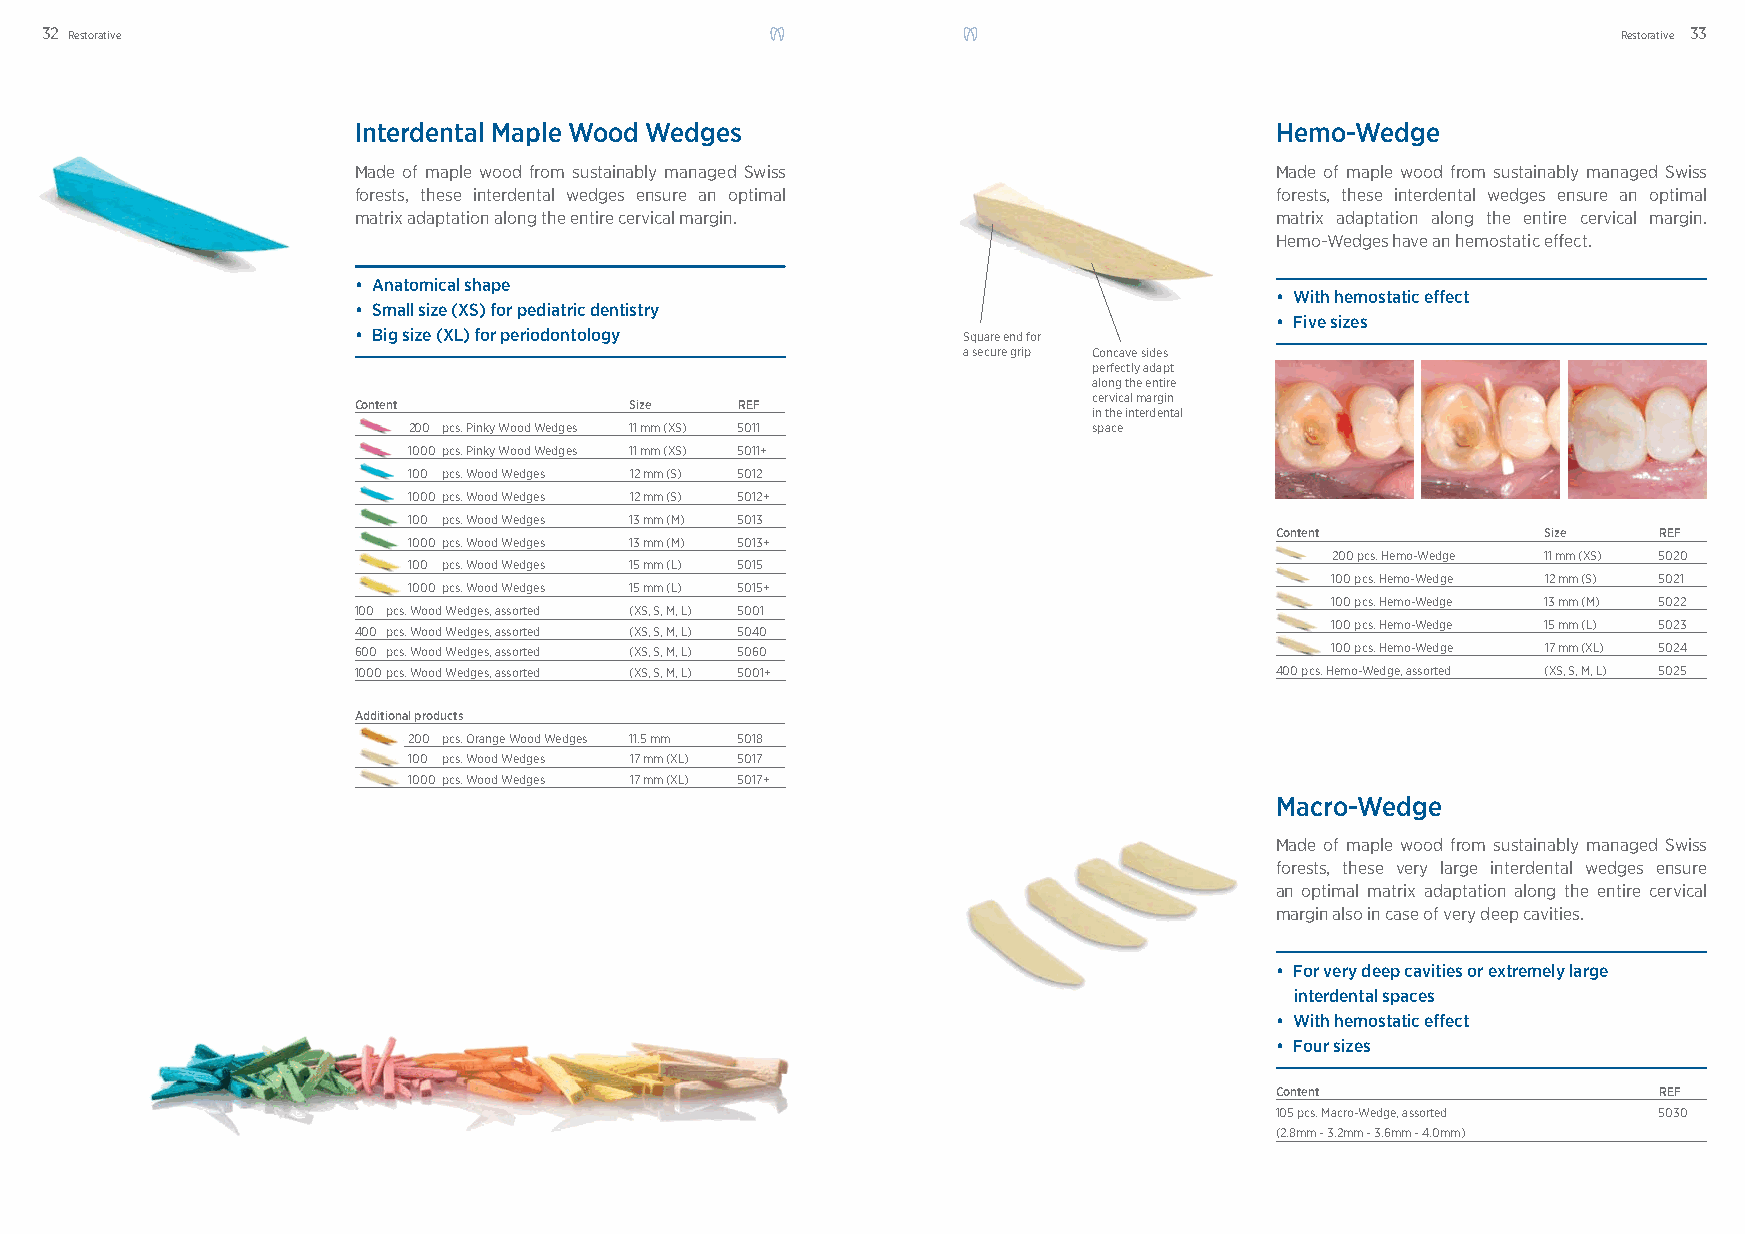
32 Restorative                                                                                          Restorative 33
 Interdental Maple Wood Wedges                                Hemo-Wedge
 Made of maple wood from sustainably managed Swiss            Made of maple wood from sustainably managed Swiss
 forests, these interdental wedges ensure an optimal          forests, these interdental wedges ensure an optimal
 matrix adaptation along the entire cervical margin.          matrix adaptation along the entire cervical margin.
 Hemo-Wedges have an hemostatic eff ect.
 • Anatomical shape
 • With hemostatic effect
 • Small size (XS) for pediatric dentistry
 • Five sizes
 • Big size (XL) for periodontology       Square end for
 a secure grip Concave sides
 perfectly adapt
 along the entire
 cervical margin
 Content            Size   REF
 in the interdental
 200 pcs. Pinky Wood Wedges 11 mm (XS) 5011   space
 1000 pcs. Pinky Wood Wedges 11 mm (XS) 5011+
 100 pcs. Wood Wedges 12 mm (S) 5012
 1000 pcs. Wood Wedges 12 mm (S) 5012+
 100 pcs. Wood Wedges 13 mm (M) 5013
 Content           Size    REF
 1000 pcs. Wood Wedges 13 mm (M) 5013+
 200 pcs. Hemo-Wedge 11 mm (XS) 5020
 100 pcs. Wood Wedges 15 mm (L) 5015
 100 pcs. Hemo-Wedge 12 mm (S) 5021
 1000 pcs. Wood Wedges 15 mm (L) 5015+
 100 pcs. Hemo-Wedge 13 mm (M) 5022
 100 pcs. Wood Wedges, assorted (XS, S, M, L) 5001
 100 pcs. Hemo-Wedge 15 mm (L) 5023
 400 pcs. Wood Wedges, assorted (XS, S, M, L) 5040
 600 pcs. Wood Wedges, assorted (XS, S, M, L) 5060                100 pcs. Hemo-Wedge 17 mm (XL) 5024
 1000 pcs. Wood Wedges, assorted (XS, S, M, L) 5001+          400 pcs. Hemo-Wedge, assorted (XS, S, M, L) 5025
 Additional products
 200 pcs. Orange Wood Wedges 11.5 mm 5018
 100 pcs. Wood Wedges 17 mm (XL) 5017
 1000 pcs. Wood Wedges 17 mm (XL) 5017+
 Macro-Wedge
 Made of maple wood from sustainably managed Swiss
 forests, these very large interdental wedges ensure
 an optimal matrix adaptation along the entire cervical
 margin also in case of very deep cavities.
 • For very deep cavities or extremely large
 interdental spaces
 • With hemostatic effect
 • Four sizes
 Content                   REF
 105 pcs. Macro-Wedge, assorted 5030
 (2.8mm - 3.2mm - 3.6mm - 4.0mm)